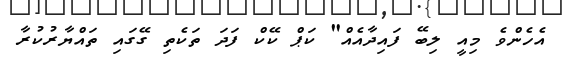
އެހެންވެ މިއީ ލިބޭ ފައިދާއެއް" ކަޕް ކޭކް ފަދަ ތަކެތި ގޭގައި ތައްޔާރުކުރާ